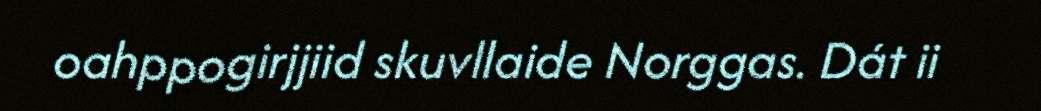
oahppogirjjiid skuvllaide Norggas. Dát ii